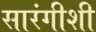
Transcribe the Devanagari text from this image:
सारंगीशी